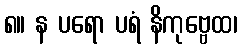
၈။ န ပရော ပရံ နိကုဗ္ဗေထ၊